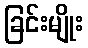
ခြင်းမျိုး